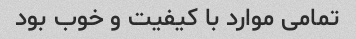
تمامی موارد با کیفیت و خوب بود